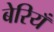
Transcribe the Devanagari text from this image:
बेरियँ